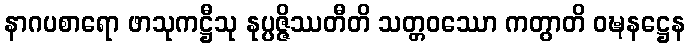
နာဂပစာရော ဖာသုကဋ္ဌီသု နုပ္ပဇ္ဇိဿတီတိ သတ္တဝဿော ကတွာတိ ဝဍ္ဎနဋ္ဌေန